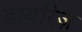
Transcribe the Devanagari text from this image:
डायरिज़